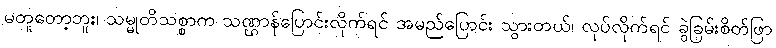
မတူတော့ဘူး၊ သမ္မုတိသစ္စာက သဏ္ဌာန်ပြောင်းလိုက်ရင် အမည်ပြောင်း သွားတယ်၊ လုပ်လိုက်ရင် ခွဲခြမ်းစိတ်ဖြာ